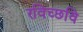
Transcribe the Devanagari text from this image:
रविच्छवि